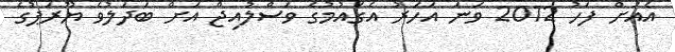
އެއަށް ފަހު 2012 ވަނަ އަހަރު އެގައުމުގެ ވަސްލުއިޖް އަށް ބަދަލުވެ ޔޫރަޕުގެ